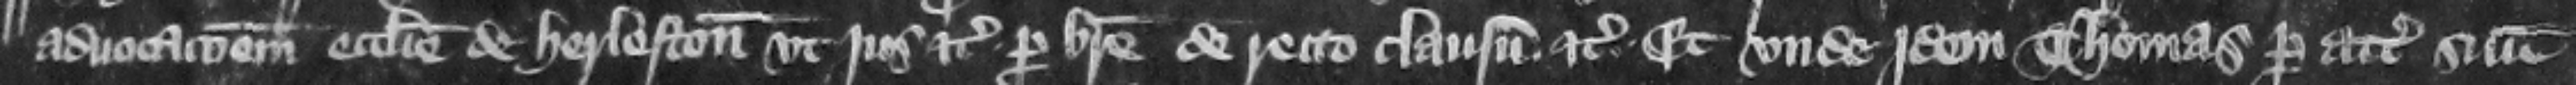
aduocacionem ecclesie de Herleston vt jus etc. per breue de recto clausum etc. Et vnde idem Thomas per attornatum suum